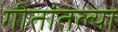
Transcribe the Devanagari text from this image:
गीतांतल्या